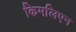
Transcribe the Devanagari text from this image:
किमलिएन